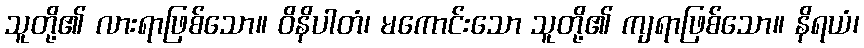
သူတို့၏ လားရာဖြစ်သော။ ဝိနိပါတံ၊ မကောင်းသော သူတို့၏ ကျရာဖြစ်သော။ နိရယံ၊